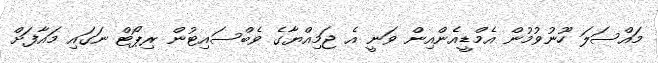
މައްސަލަ ހޫނުވުމުން އެމްޑީއެންއިން ވަނީ އެ ޖަމިއްޔާގެ ވެބްސައިޓުން ރިޕޯޓް ނަގައި މައާފަށް